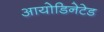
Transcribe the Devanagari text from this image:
आयोडिनेटेड